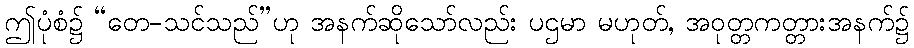
ဤပုံစံ၌ “တေ-သင်သည်”ဟု အနက်ဆိုသော်လည်း ပဌမာ မဟုတ်, အဝုတ္တကတ္တားအနက်၌